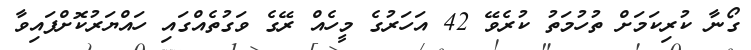
ގޯނާ ކުރިކަމަށް ތުހުމަތު ކުރެވޭ 42 އަހަރުގެ މީހެއް ރޭގެ ވަގުތެއްގައި ހައްޔަރުކޮށްފައިވާ